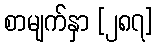
စာမျက်နှာ [၂၈၇]